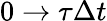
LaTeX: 0\to\tau\Delta t